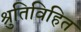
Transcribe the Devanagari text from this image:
श्रुतिविहित